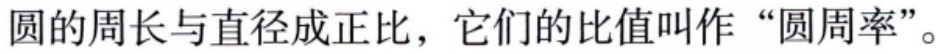
圆的周长与直径成正比，它们的比值叫作“圆周率”。